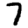
Digit: 7